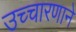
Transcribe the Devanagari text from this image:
उच्चारणाने